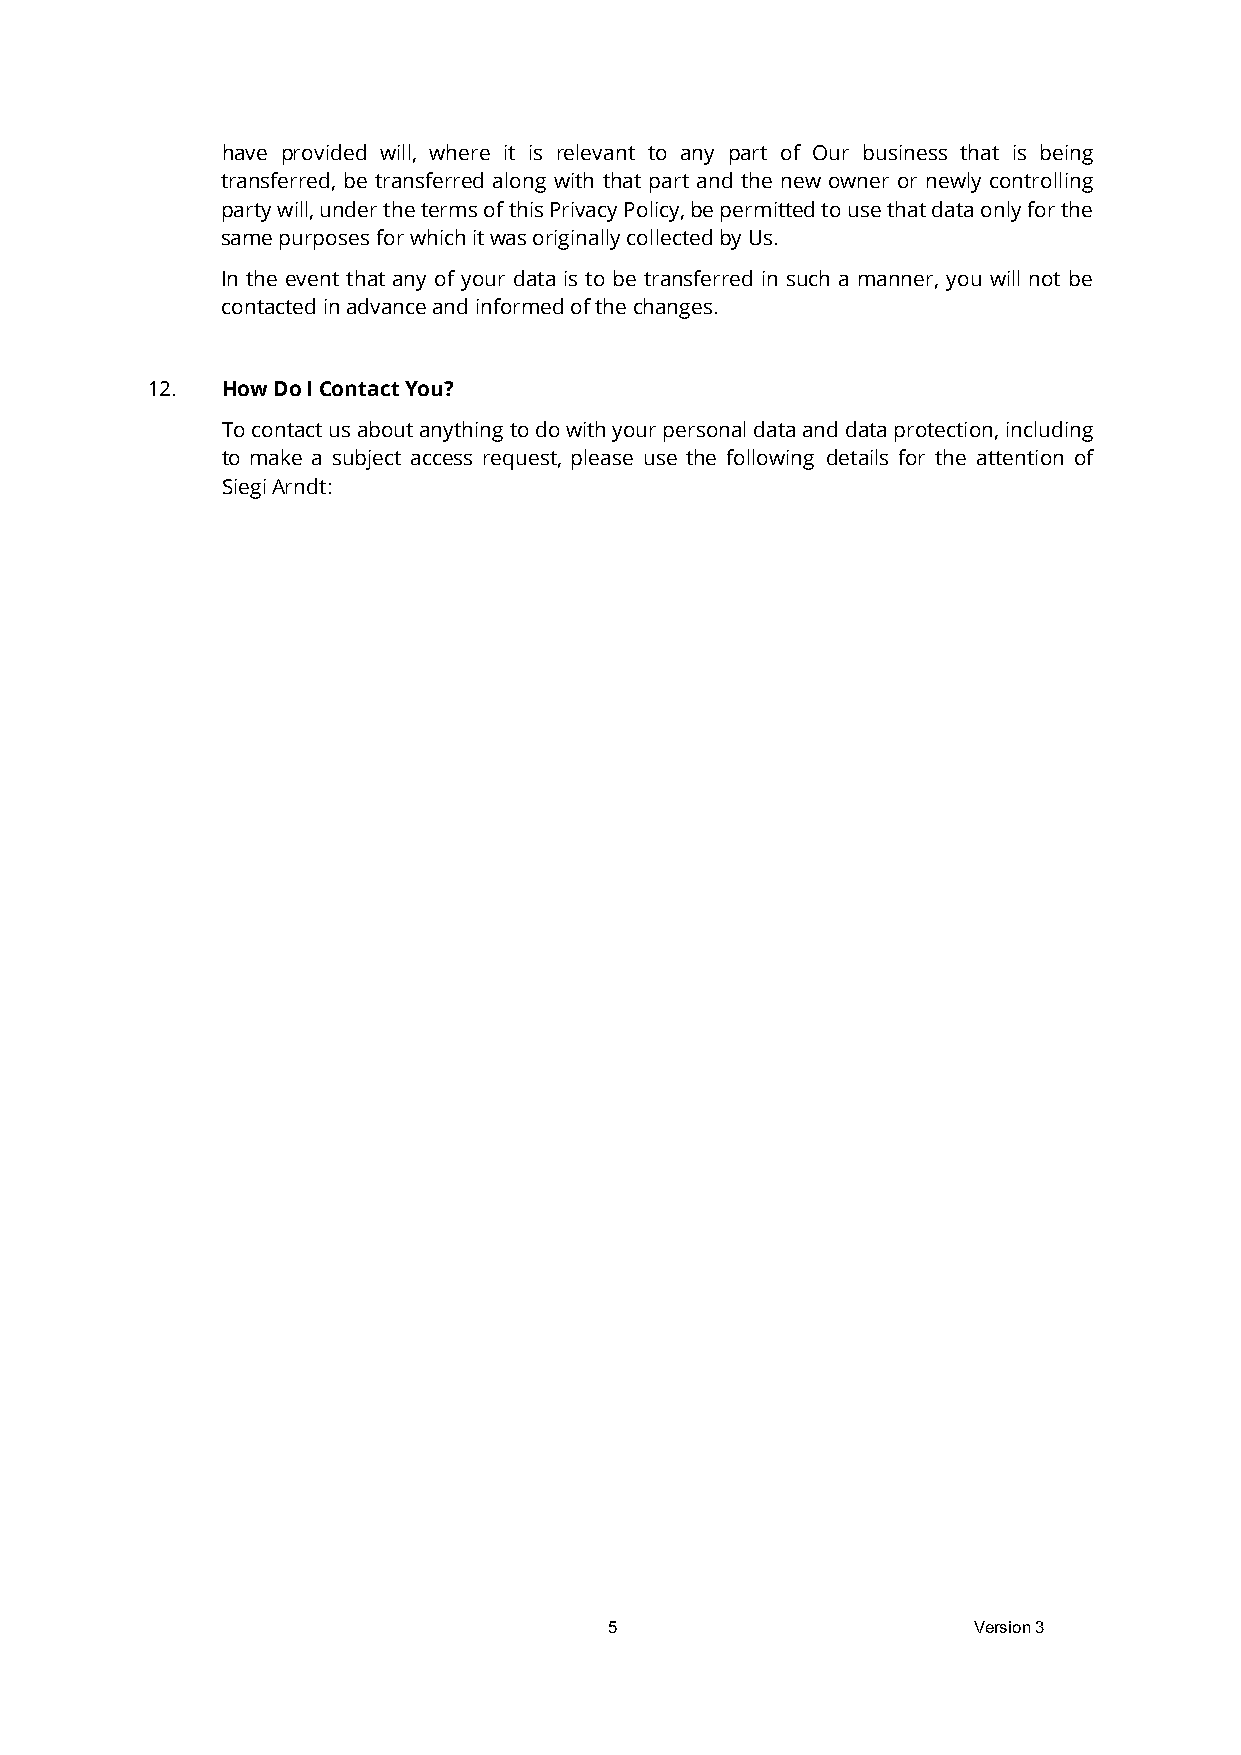
have provided will, where it is relevant to any part of Our business that is being
 transferred, be transferred along with that part and the new owner or newly controlling
 party will, under the terms of this Privacy Policy, be permitted to use that data only for the
 same purposes for which it was originally collected by Us.
 In the event that any of your data is to be transferred in such a manner, you will not be
 contacted in advance and informed of the changes.
 12.  How Do I Contact You?
 To contact us about anything to do with your personal data and data protection, including
 to make a subject access request, please use the following details for the attention of
 Siegi Arndt:
 5                       Version 3